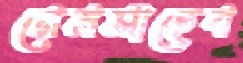
মেমসাহেব